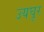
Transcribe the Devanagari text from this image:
उयघूर